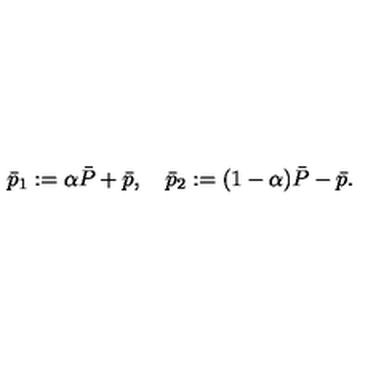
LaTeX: \bar { p } _ { 1 } : = \alpha \bar { P } + \bar { p } , \quad \bar { p } _ { 2 } : = ( 1 - \alpha ) \bar { P } - \bar { p } .